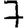
Digit: 7